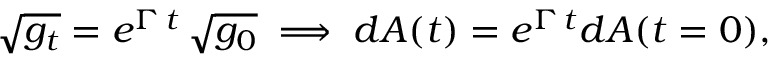
\sqrt { g _ { t } } = e ^ { \Gamma \, t } \, \sqrt { g _ { 0 } } \implies d A ( t ) = e ^ { \Gamma \, t } d A ( t = 0 ) ,